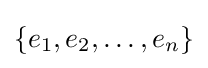
\{e_{1},e_{2},\ldots ,e_{n}\}